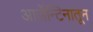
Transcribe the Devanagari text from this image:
आर्जेन्टिनातून